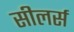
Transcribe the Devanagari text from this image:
सीलर्स